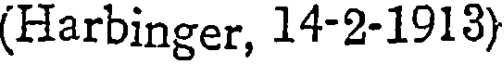
(Harbinger, 14-2-1913)